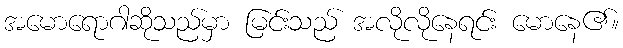
အမောရောဂါဆိုသည်မှာ မြင်းသည် အလိုလိုနေရင်း မောနေ၏။